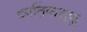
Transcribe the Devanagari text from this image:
कार्तिकशुक्ल